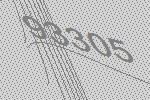
93305